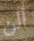
ألن